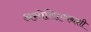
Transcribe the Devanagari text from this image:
असोसिएशनशी